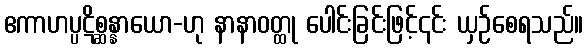
ဧကာဟပ္ပဋိစ္ဆန္နာယော-ဟု နာနာဝတ္ထု ပေါင်းခြင်းဖြင့်၎င်း ယှဉ်စေရသည်။